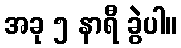
အခု ၅ နာရီ ခွဲပါ။